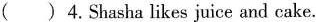
( )4.Shasha likes juice and cake.